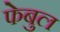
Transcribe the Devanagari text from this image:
फेबुल